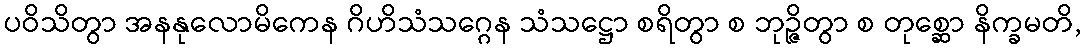
ပဝိသိတွာ အနနုလောမိကေန ဂိဟိသံသဂ္ဂေန သံသဋ္ဌော စရိတွာ စ ဘုဉ္ဇိတွာ စ တုစ္ဆော နိက္ခမတိ,